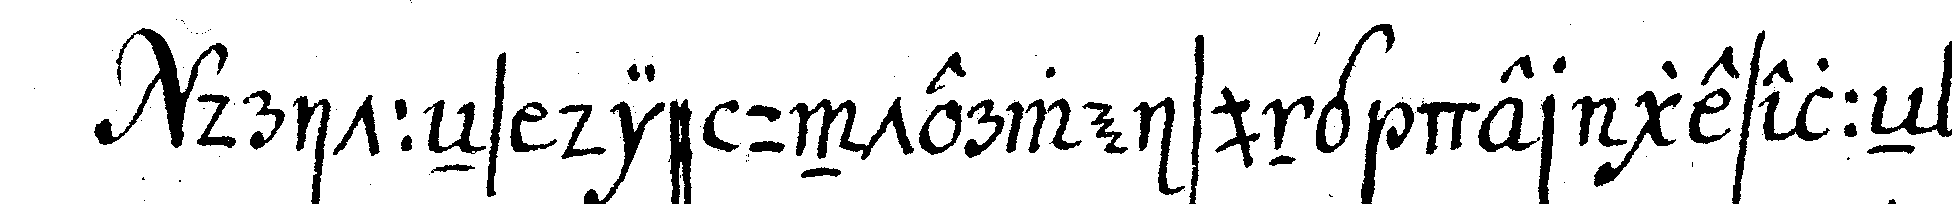
dritteNs die unterweisung der geselleN in